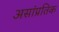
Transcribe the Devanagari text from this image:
असांप्रतिक